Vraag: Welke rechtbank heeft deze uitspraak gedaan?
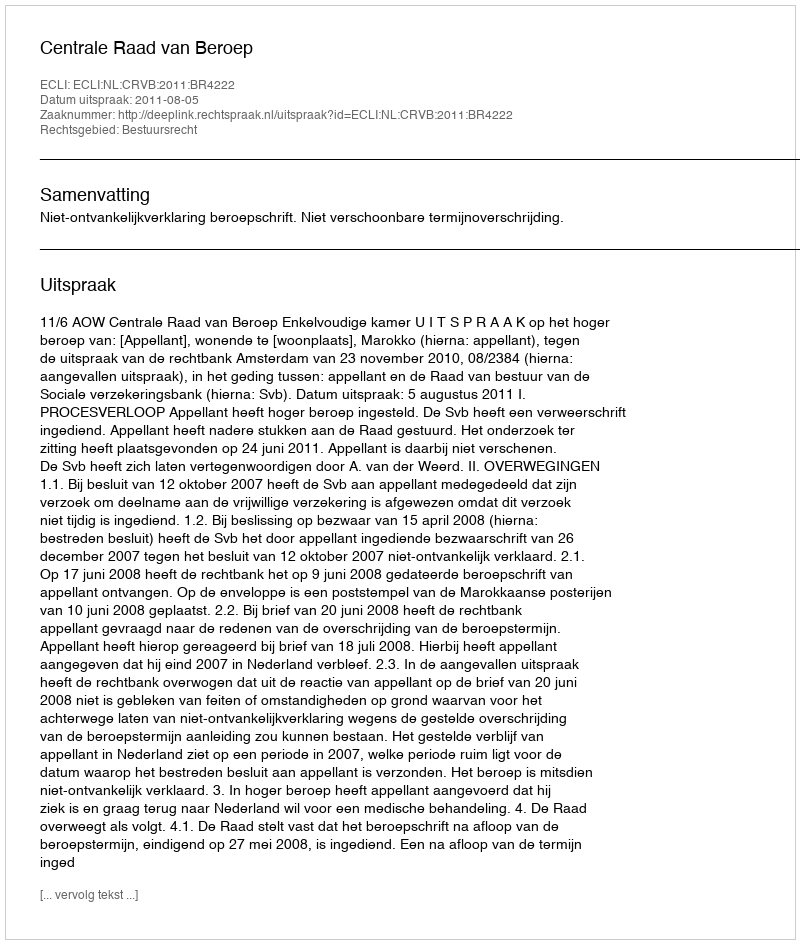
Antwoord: Centrale Raad van Beroep